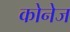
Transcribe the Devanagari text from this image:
कोनेज